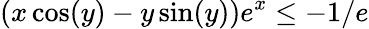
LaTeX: (x\cos(y)-y\sin(y))e^{x}\leq-1/e